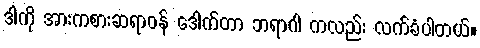
ဒါကို အားကစားဆရာဝန် ဒေါက်တာ ဘရာဂါ ကလည်း လက်ခံပါတယ်။